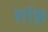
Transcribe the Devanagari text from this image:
शॉझ